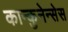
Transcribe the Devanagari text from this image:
कान्कुनेन्सेस